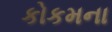
કોકમના